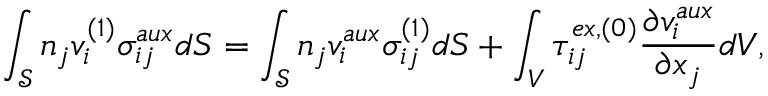
\int _ { \mathcal { S } } n _ { j } v _ { i } ^ { ( 1 ) } \sigma _ { i j } ^ { a u x } d S = \int _ { \mathcal { S } } n _ { j } v _ { i } ^ { a u x } \sigma _ { i j } ^ { ( 1 ) } d S + \int _ { V } \tau _ { i j } ^ { e x , ( 0 ) } \frac { \partial v _ { i } ^ { a u x } } { \partial x _ { j } } d V ,